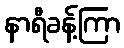
နာရီခန့်ကြာ